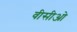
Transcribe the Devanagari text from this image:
वीसीओ